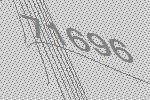
71696